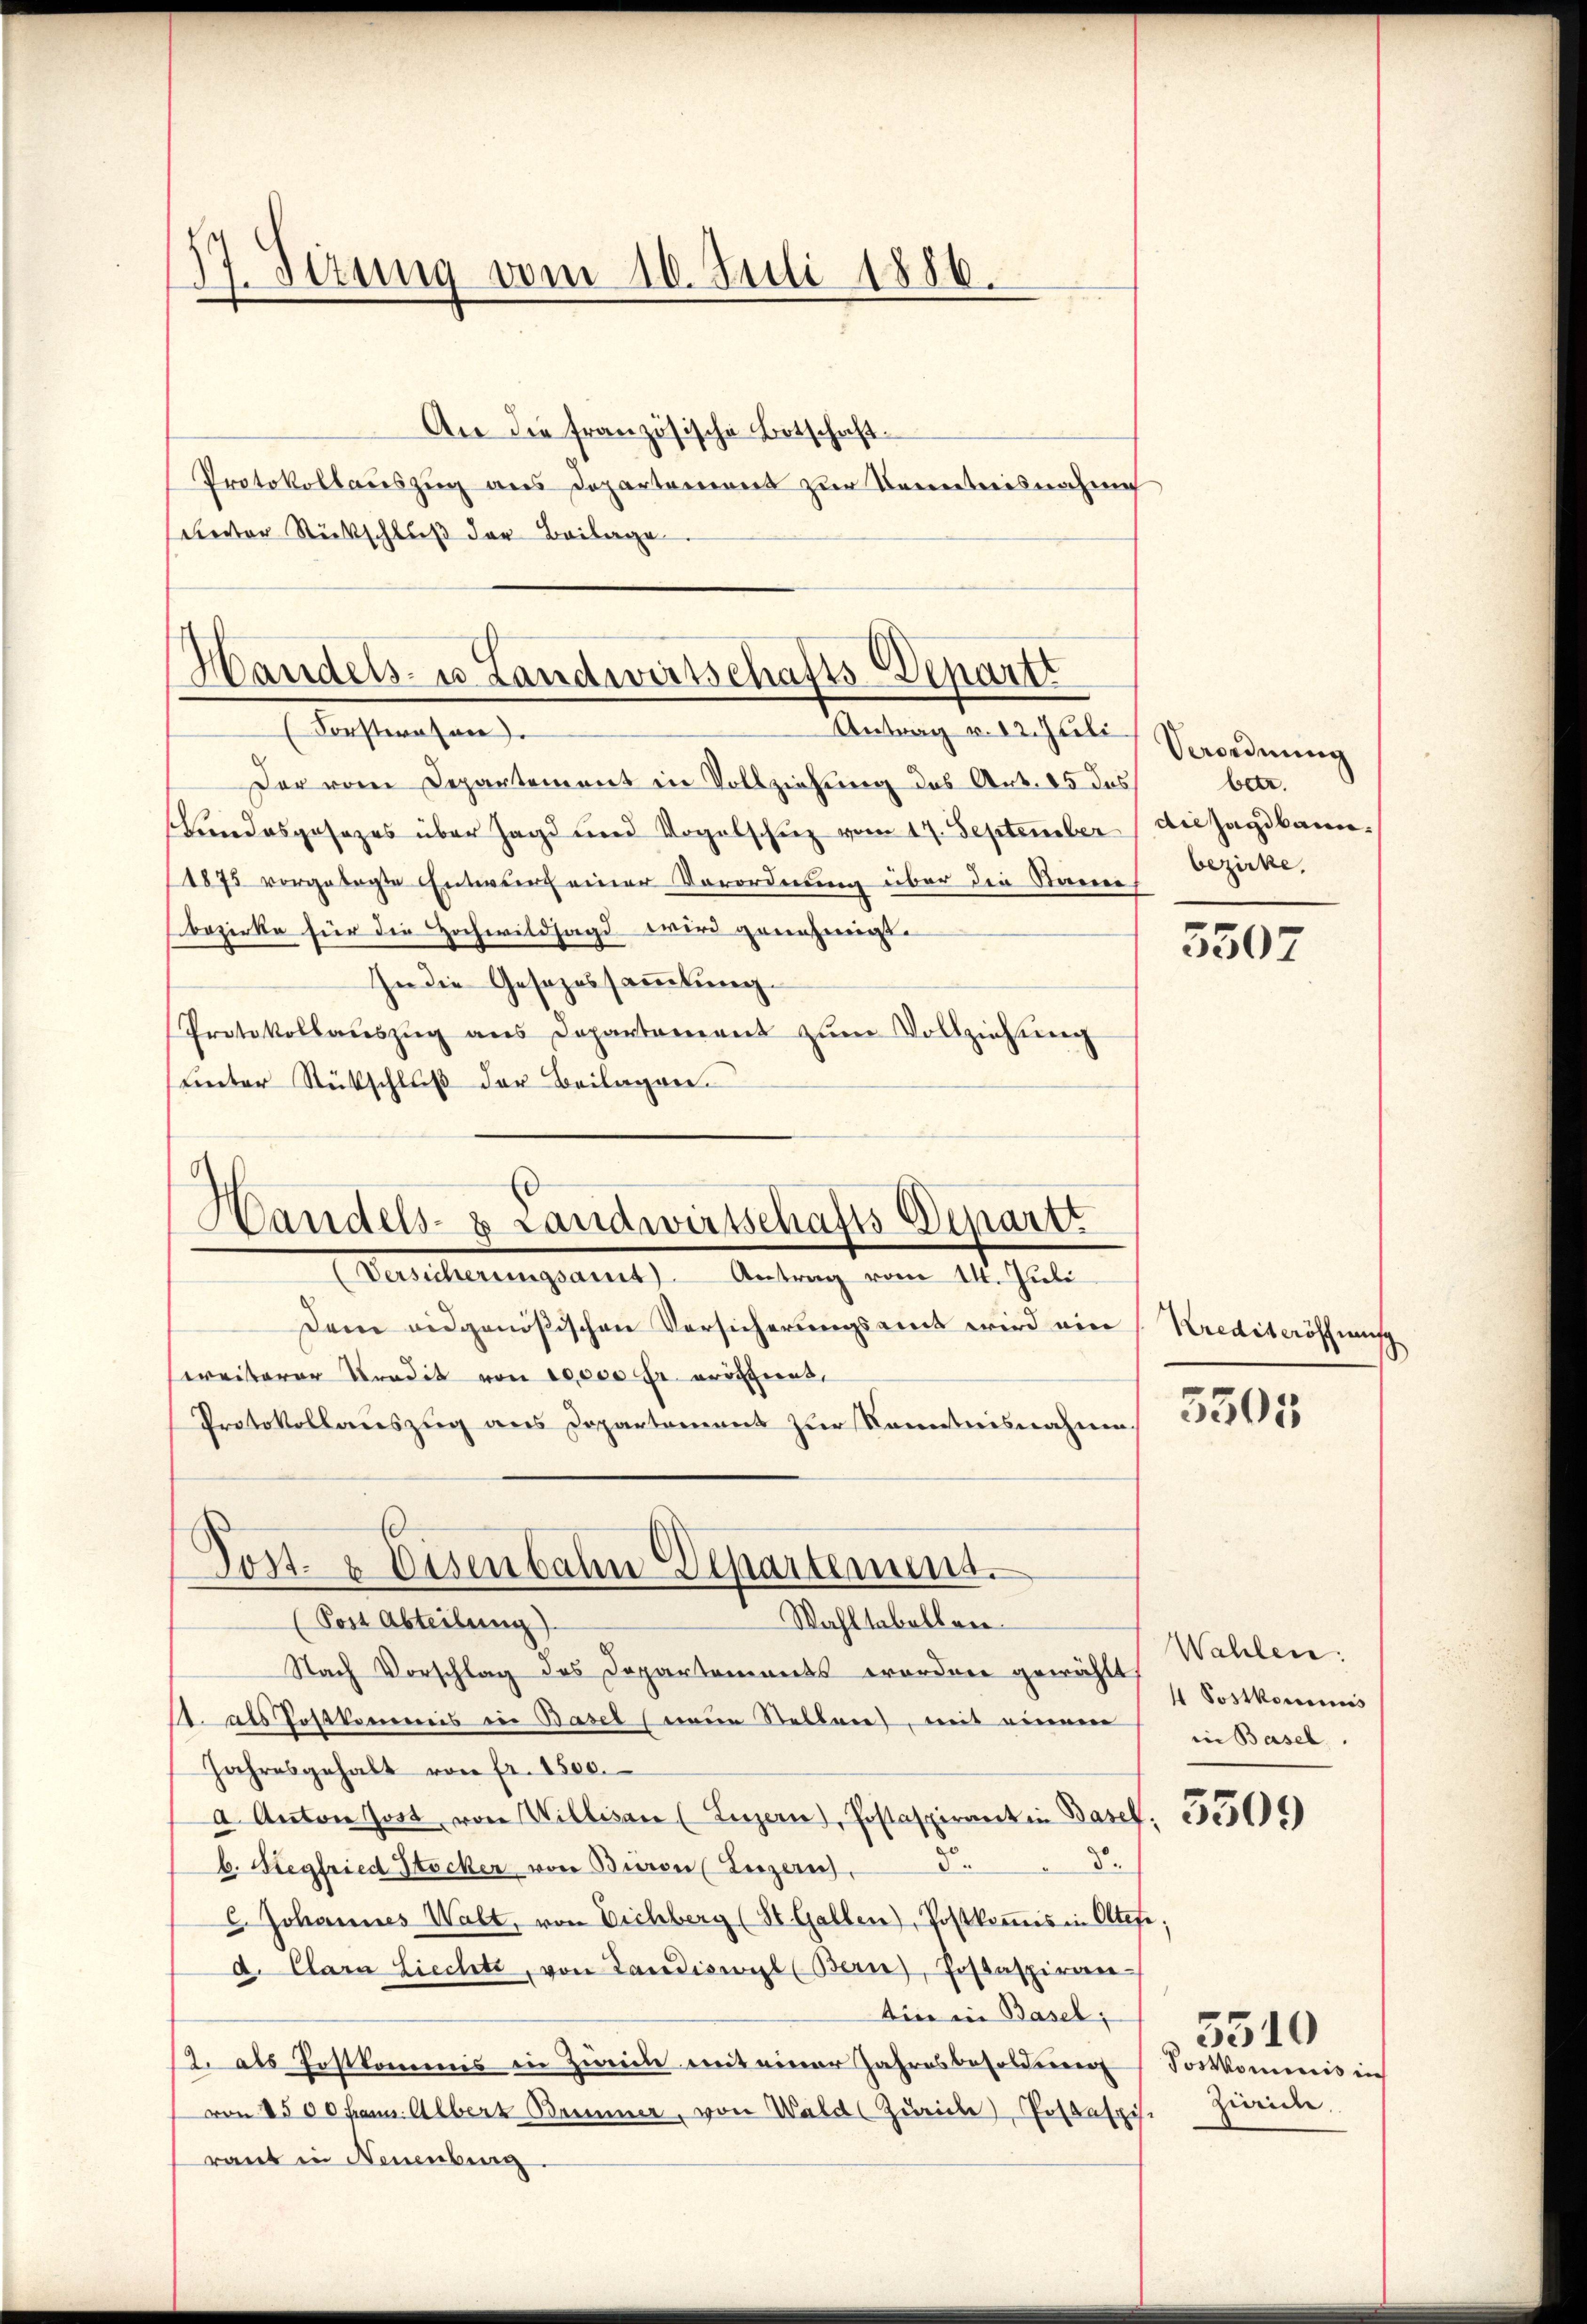
17. Situng vom 10. Juli 1886.

An die französische Botschaft.
Protokollauszug aus Departement zur Kenntnisnahme
Rector Rückschluß der Beilage

Handels- u Landwirtschafts-Depart
Forsteraten.
Antrag v. 12. Juli

Handels- & Landwirtschafts-Departt
Versicherungsamt Antrag vom 14. Juli

Post- & Eisenbahn-Departement.
Wahltabellen.
(Post Abteilung)

Der vom Departement in Vollziehung des Art. 15 das
Bundesgesezes über Jagd und Vogelschŭp vom 17. September de Jagdkann.
1875 vorgelegte Entwurf einer Verordnung über die Staa
bezirke für die Hochwildsagd wird genehmigt.
In die Gesezessammlung.
Protokollaŭszŭg ans Departament zŭm Vollziehŭng
unter Rückschluß der Beilagen.

Dem eidgenößischen Versicherungsamt wird eine Krediteröffnensch
ereiterer Tradit von 10000 Fr. erörtient,
Protokollauszug aus Departement zur Kenntnisnahme
Nach Vorschlag des Departements erordnen gewählt
s. als Postkommis in Basel (neue Stellen, mit einem
Jahresgehalt von fr. 1500.
a. Anton Jost von Willisau (Luzern), Postaspirant in Basel.
2.
d.
b. Siegfried Stocker von Baron (Luzern).
C. Johannes Walt, von Eichberg (St. Gallen), Postkoṁis in Oltefe.
d. Clara Liechte, von Landiswyl (Bern), Postaspiran-
tin in Basel,
12. als Postkommis in Zwicke mit einer Jahresbesoldung (Joskommis in
von 1500 franz. Albert Bremer, von Wald (Zürich), Postaspis.
raut in Neuenburg

Verordnung
betr.
bezirke.

3507

5305

Wahlen.
4 Postkonicus
in Basel.

5509

Züide.

5510